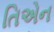
તિએન